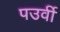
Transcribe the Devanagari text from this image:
पउर्वी